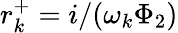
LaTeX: r_{k}^{+}=i/(\omega_{k}\Phi_{2})